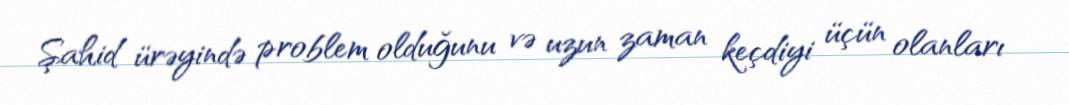
Şahid ürəyində problem olduğunu və uzun zaman keçdiyi üçün olanları